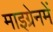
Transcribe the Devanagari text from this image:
माइग्रेनमें